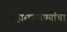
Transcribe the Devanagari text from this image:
संहारछावण्यांचा